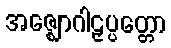
အဇ္ဈောဂါဠှပ္ပတ္တော